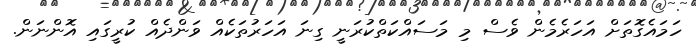
ހަމައެގޮތަށް އަހަރެމެން ވެސް މި މަސައްކަތްކުރަނީ ގިނަ އަހަރުތަކެއް ވަންދެއް ކުރީގައި އޮންނަން.